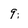
Character: 9